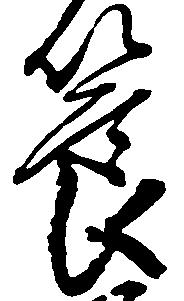
節